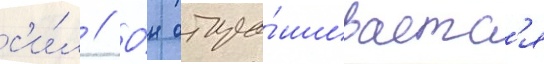
с'и́л // О́н отпра́шиваетс'я